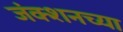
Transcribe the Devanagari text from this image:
जंक्शनच्या